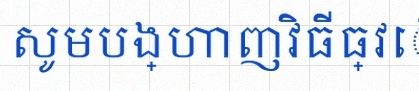
សូមបង្ហាញវិធីធ្វើ